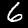
Label: 6